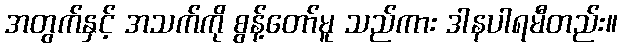
အတွက်နှင့် အသက်ကို စွန့်တော်မူ သည်ကား ဒါနပါရမီတည်း။